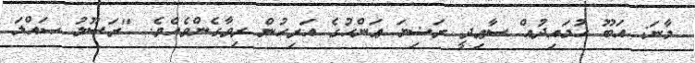
މާނަ: އަބޫ ޙުމައިދުއް ސާޢިދީ ރަޟިޔަ ޢަންހުގެ އަރިހުން ރިވާގެންވެއެވެ. "ރަސޫލު ޞައްލަ